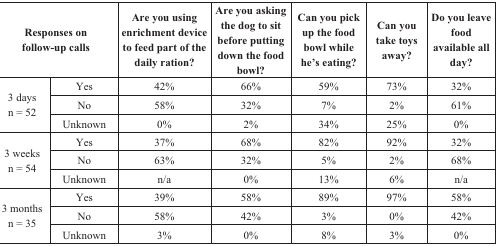
| <COLSPAN=2> Responses on follow-up calls | Are you using enrichment device to feed part of the daily ration? | Are you asking the dog to sit before putting down the food bowl? | Can you pick up the food bowl while he’s eating? | Can you take toys away? | Do you leave food available all day? |
 | --- | --- | --- | --- | --- | --- | --- |
 | <ROWSPAN=3> 3 days n = 52 | Yes | 42% | 66% | 59% | 73% | 32% |
 | No | 58% | 32% | 7% | 2% | 61% |
 | Unknown | 0% | 2% | 34% | 25% | 0% |
 | <ROWSPAN=3> 3 weeks n = 54 | Yes | 37% | 68% | 82% | 92% | 32% |
 | No | 63% | 32% | 5% | 2% | 68% |
 | Unknown | n/a | 0% | 13% | 6% | n/a |
 | <ROWSPAN=3> 3 months n = 35 | Yes | 39% | 58% | 89% | 97% | 58% |
 | No | 58% | 42% | 3% | 0% | 42% |
 | Unknown | 3% | 0% | 8% | 3% | 0% |